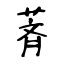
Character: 萕